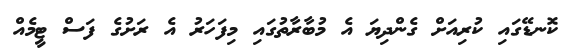
ކޮނޑޭގައި ކުރިއަށް ގެންދިޔަ އެ މުބާރާތުގައި މިފަހަރު އެ ރަށުގެ ފަސް ޓީމެއް